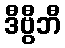
ဒီဗွီဘီ